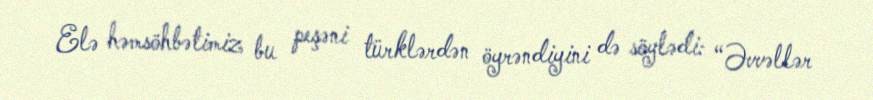
Elə həmsöhbətimiz bu peşəni türklərdən öyrəndiyini də söylədi: “Əvvəllər